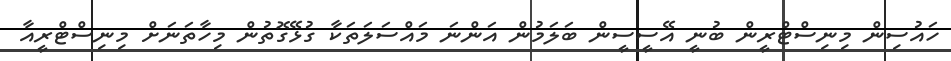
ހައުސިން މިނިސްޓްރީން ބުނީ އޭސީސީން ބަލަމުން އަންނަ މައްސަލަތަކާ ގުޅޭގޮތުން މިހާތަނަށް މިނިސްޓްރީއާ